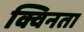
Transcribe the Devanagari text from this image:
क्विनता